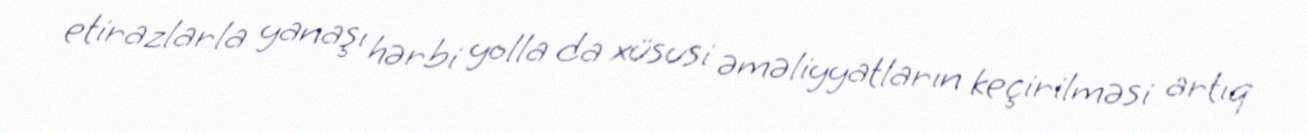
etirazlarla yanaşı hərbi yolla da xüsusi əməliyyatların keçirilməsi artıq